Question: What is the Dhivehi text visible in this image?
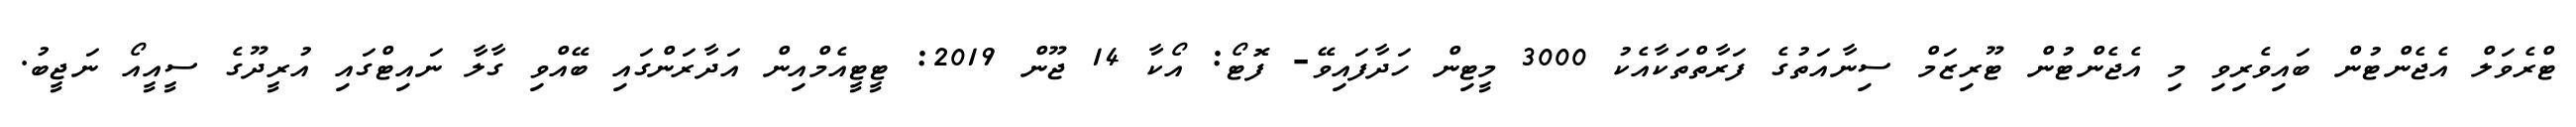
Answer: ޓްރެވަލް އެޖެންޓުން ބައިވެރިވި މި އެޖެންޓުން ޓޫރިޒަމް ސިނާއަތުގެ ފަރާތްތަކާއެކު 3000 މީޓިން ހަދާފައިވޭ- ފޮޓޯ: އޯކާ 14 ޖޫން 2019: ޓީޓީއެމްއިން އަދާރަންގައި ބޭއްވި ގާލާ ނައިޓްގައި އުރީދޫގެ ސީއީއޯ ނަޖީބު.